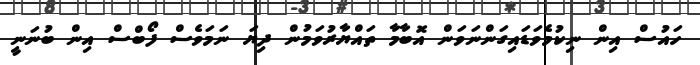
ހައުސް އިން ނިކުމެވަޑައިގަންނަވަން އޮބާމާ ތައްޔާރުވަމުން ދިޔަ ނަމަވެސް ފޯބްސް އިން ބުނަނީ